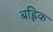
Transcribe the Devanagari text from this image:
बह्लिक